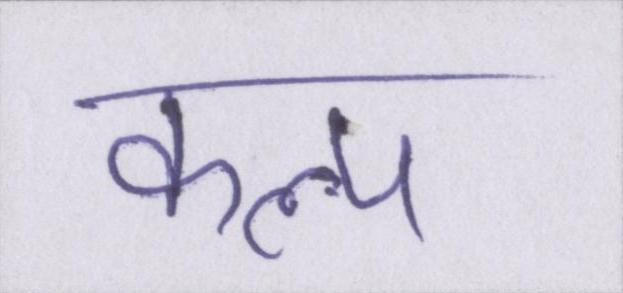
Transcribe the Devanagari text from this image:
कल्प